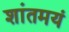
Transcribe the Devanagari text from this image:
शांतमयं